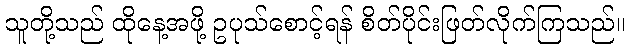
သူတို့သည် ထိုနေ့အဖို့ ဥပုသ်စောင့်ရန် စိတ်ပိုင်းဖြတ်လိုက်ကြသည်။